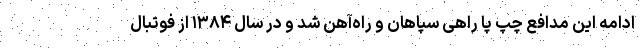
ادامه این مدافع چپ پا راهی سپاهان و راه‌آهن شد و در سال ۱۳۸۴ از فوتبال